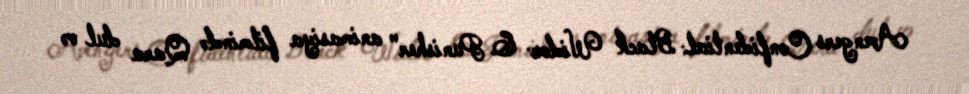
Avengers Confidential: Black Widow & Punisher" animasiya filmində Qara dul və